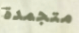
متجمدة